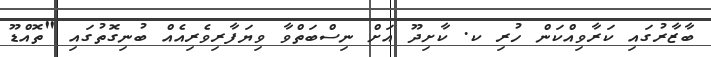
ބާޒާރުގައި ކަރާވިއްކަން ހުރި ކ. ކާށިދޫ އަށް ނިސްބަތްވާ ވިޔަފާރިވެރިއެއް ބުނިގޮތުގައި "ތޮއްޑޫ